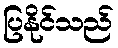
ပြနိုင်သည်